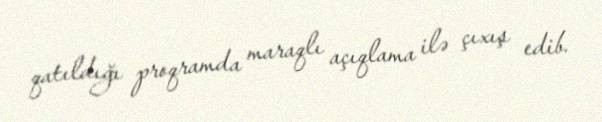
qatıldığı proqramda maraqlı açıqlama ilə çıxış edib.